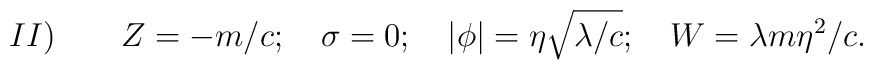
II ) \qquad Z=-m/c;\quad \sigma=0; \quad \vert \phi \vert =\eta\sqrt{\lambda/c};\quad W=\lambda m\eta ^2/c.